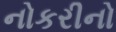
નોકરીનો